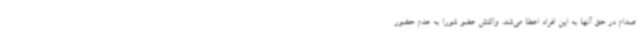
صدام در حق آنها به این افراد اعطا می‌شد. واکنش عضو شورا به عدم حضور